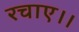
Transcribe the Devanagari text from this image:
रचाए।।